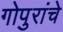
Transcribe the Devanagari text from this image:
गोपुरांचे